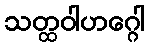
သတ္ထဝါဟဂ္ဂေါ